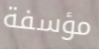
مؤسفة